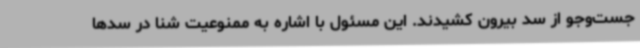
جست‌وجو از سد بیرون کشیدند. این مسئول با اشاره به ممنوعیت شنا در سدها